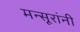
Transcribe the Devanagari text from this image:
मन्सूरांनी